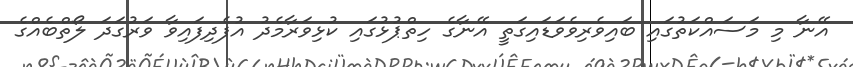
އޭނާ މި މަސައްކަތުގައި ބައިވެރިވެވަޑައިގަތީ އޭނާގެ ހިތްޕުޅުގައި ކުޅިވަރާމެދު އުފެދިފައިވާ ވަރުގަދަ ލޯތްބެއްގެ